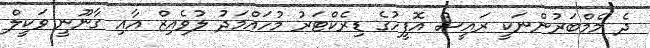
ދެ މެމްބަރުންނަކީ ރައީސް އޮފީހުގެ ޑިރެކްޓަރު މުހައްމަދު ލުވެއިޒް އާއި ގާނޫނީ ވަކީލް